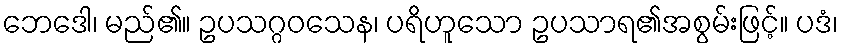
ဘေဒေါ၊ မည်၏။ ဥပသဂ္ဂဝသေန၊ ပရိဟူသော ဥပသာရ၏အစွမ်းဖြင့်။ ပဒံ၊